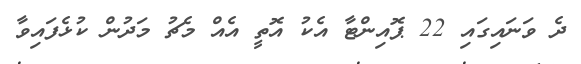
ދެ ވަނައިގައި 22 ޕޮއިންޓާ އެކު އޮތީ އެއް މެޗު މަދުން ކުޅެފައިވާ